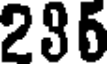
235